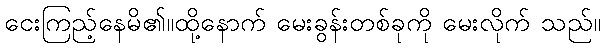
ငေးကြည့်နေမိ၏။ထို့နောက် မေးခွန်းတစ်ခုကို မေးလိုက် သည်။